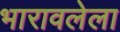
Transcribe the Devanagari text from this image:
भारावलेला